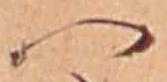
つ